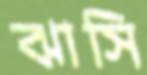
ঝাসি